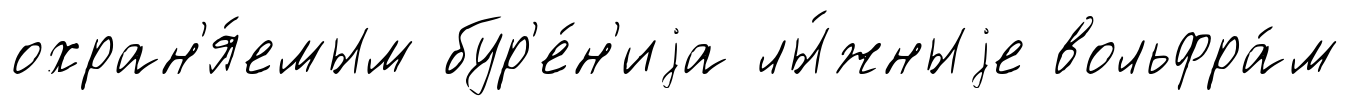
охран'я́емым бур'е́н'иjа лы́жныjе вольфра́м